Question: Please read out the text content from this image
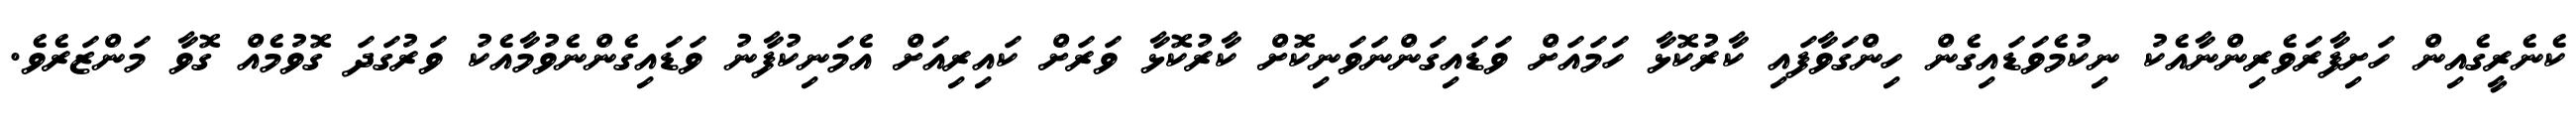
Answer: ކެނެރީގެއިން ހަށިފާރަވެރިންނާއެކު ނިކުމެވަޑައިގެން ހިންގަވާފައި ކާރުކޮޅާ ހަމައަށް ވަޑައިގަންނަވަނިކޮށް ކާރުކޮޅާ ވަރަށް ކައިރިއަށް އެމަނިކުފާނު ވަޑައިގެންނެވުމާއެކު ވަރުގަދަ ގޮވުމެއް ގޮވާ މަންޒަރެވެ.